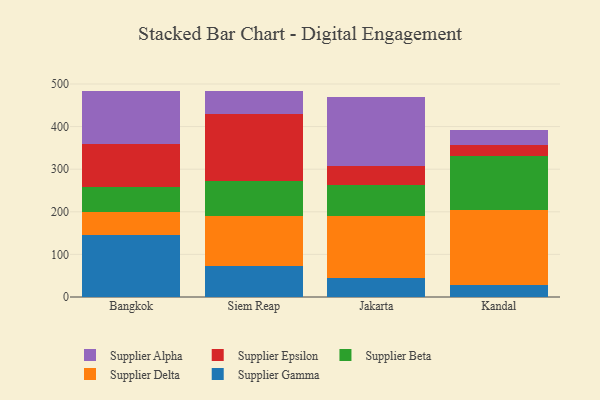
{"axis": {"x": "City", "y": "Backlog"}, "legend": ["Supplier Alpha", "Supplier Beta", "Supplier Delta", "Supplier Epsilon", "Supplier Gamma"], "data": [{"x": "Bangkok", "y": 144.7, "type": "Supplier Gamma"}, {"x": "Bangkok", "y": 54.2, "type": "Supplier Delta"}, {"x": "Bangkok", "y": 58.4, "type": "Supplier Beta"}, {"x": "Bangkok", "y": 103.0, "type": "Supplier Epsilon"}, {"x": "Bangkok", "y": 122.9, "type": "Supplier Alpha"}, {"x": "Siem Reap", "y": 71.7, "type": "Supplier Gamma"}, {"x": "Siem Reap", "y": 119.2, "type": "Supplier Delta"}, {"x": "Siem Reap", "y": 81.1, "type": "Supplier Beta"}, {"x": "Siem Reap", "y": 157.7, "type": "Supplier Epsilon"}, {"x": "Siem Reap", "y": 54.2, "type": "Supplier Alpha"}, {"x": "Jakarta", "y": 44.4, "type": "Supplier Gamma"}, {"x": "Jakarta", "y": 146.8, "type": "Supplier Delta"}, {"x": "Jakarta", "y": 72.2, "type": "Supplier Beta"}, {"x": "Jakarta", "y": 43.8, "type": "Supplier Epsilon"}, {"x": "Jakarta", "y": 163.1, "type": "Supplier Alpha"}, {"x": "Kandal", "y": 28.5, "type": "Supplier Gamma"}, {"x": "Kandal", "y": 175.2, "type": "Supplier Delta"}, {"x": "Kandal", "y": 128.0, "type": "Supplier Beta"}, {"x": "Kandal", "y": 24.8, "type": "Supplier Epsilon"}, {"x": "Kandal", "y": 36.3, "type": "Supplier Alpha"}]}